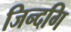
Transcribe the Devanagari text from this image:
जिन्दगि